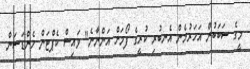
މީގެ ސަބަބުން އަހަރުމެން އެނބުރި ކުރީގެ ފޯމަށް އަންނާނެ" ވައިސް ކެޕްޓަން ހެންޑަސަން